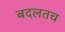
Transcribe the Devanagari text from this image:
बदलतच